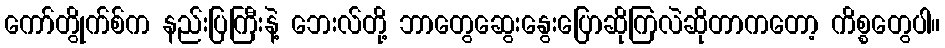
ကော်တွိုက်စ်က နည်းပြကြီးနဲ့ ဘေးလ်တို့ ဘာတွေဆွေးနွေးပြောဆိုကြလဲဆိုတာကတော့ ကိစ္စတွေပါ။